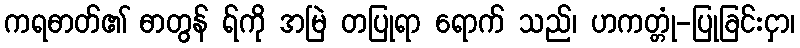
ကရဓာတ်၏ ဓာတွန် ရ်ကို အမြဲ တပြုရာ ရောက် သည်၊ ဟကတ္တုံ-ပြုခြင်းငှာ၊